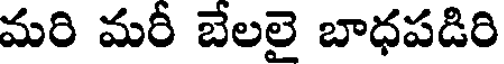
మరి మరీ బేలలై బాధపడిరి